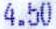
4.50